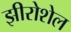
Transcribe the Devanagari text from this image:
झीरोशेल